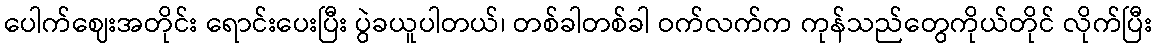
ပေါက်ဈေးအတိုင်း ရောင်းပေးပြီး ပွဲခယူပါတယ်၊ တစ်ခါတစ်ခါ ဝက်လက်က ကုန်သည်တွေကိုယ်တိုင် လိုက်ပြီး